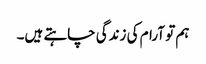
ہم تو آرام کی زندگی چاہتے ہیں۔